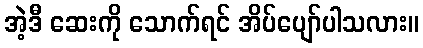
အဲ့ဒီ ဆေးကို သောက်ရင် အိပ်ပျော်ပါသလား။